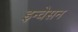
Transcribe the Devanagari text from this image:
इन्वेसन